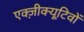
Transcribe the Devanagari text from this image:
एक्ज़ीक्यूटिवों